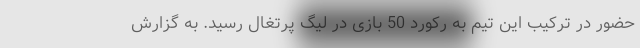
حضور در ترکیب این تیم به رکورد 50 بازی در لیگ پرتغال رسید. به گزارش